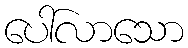
ပေါ်လာသော